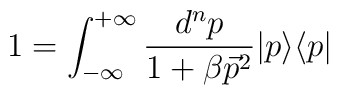
1  =  {\int_{-\infty}^{+\infty}\frac{d^np}{1+ \beta \vec{p}^2}} \vert p \rangle\langle p \vert